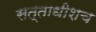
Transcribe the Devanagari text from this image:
सत्ताधीशच